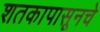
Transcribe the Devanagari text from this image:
शतकापासूनचे